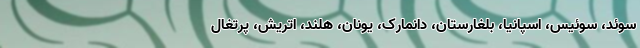
سوئد، سوئیس، اسپانیا، بلغارستان، دانمارک، یونان، هلند، اتریش، پرتغال